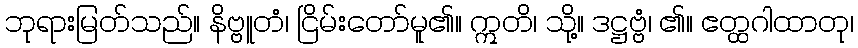
ဘုရားမြတ်သည်။ နိဗ္ဗူတံ၊ ငြိမ်းတော်မူ၏။ ဣတိ၊ သို့။ ဒဋ္ဌဗ္ဗံ၊ ၏။ ဧတ္ထဂါထာတု၊